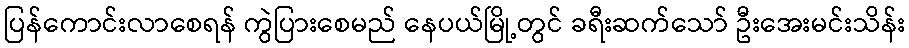
ပြန်ကောင်းလာစေရန် ကွဲပြားစေမည် နေပယ်မြို့တွင် ခရီးဆက်သော် ဦးအေးမင်းသိန်း